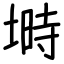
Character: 塒